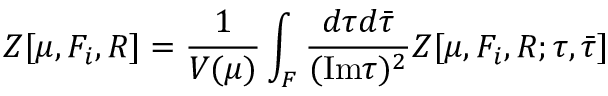
Z [ \mu , F _ { i } , { \cal R } ] = \frac { 1 } { V ( \mu ) } \int _ { \cal F } \frac { d \tau d { \bar { \tau } } } { ( \mathrm { I m } \tau ) ^ { 2 } } Z [ \mu , F _ { i } , { \cal R } ; \tau , { \bar { \tau } } ]